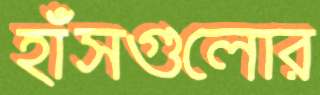
হাঁসগুলোর